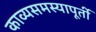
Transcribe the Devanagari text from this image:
काव्यसमस्यापूर्ती